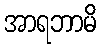
အာရဘာမိ